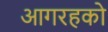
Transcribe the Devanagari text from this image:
आगरहको